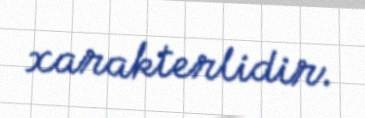
xarakterlidir.